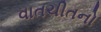
વાતચીતનો